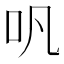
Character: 㕨